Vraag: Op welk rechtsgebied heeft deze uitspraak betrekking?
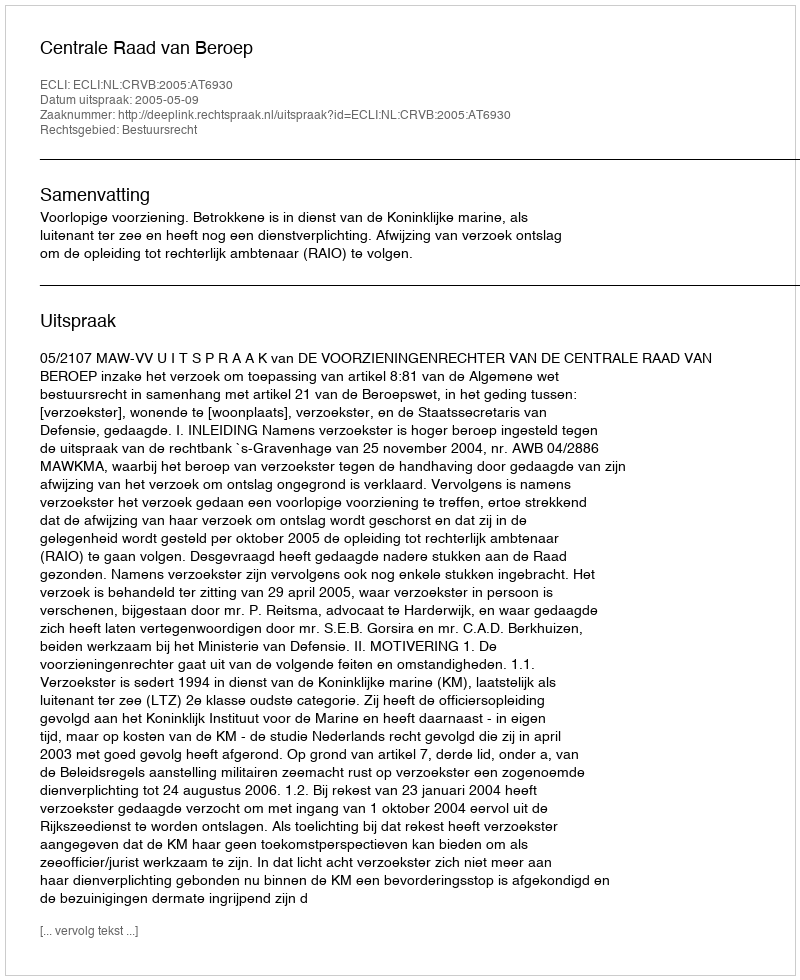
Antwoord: Bestuursrecht